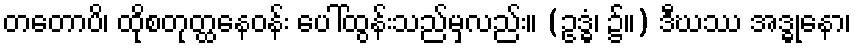
တတောပိ၊ ထိုစတုတ္ထနေဝန်း ပေါ်ထွန်းသည်မှလည်း။ (ဥဒ္ဓံ၊ ၌။) ဒီဃဿ အဒ္ဓုနော၊